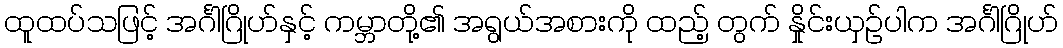
ထူထပ်သဖြင့် အင်္ဂါဂြိုဟ်နှင့် ကမ္ဘာတို့၏ အရွယ်အစားကို ထည့် တွက် နှိုင်းယှဉ်ပါက အင်္ဂါဂြိုဟ်